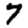
Digit: 7